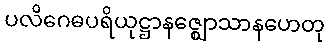
ပလိဂေဓပရိယုဋ္ဌာနဇ္ဈောသာနဟေတု